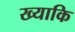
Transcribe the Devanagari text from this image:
ख्याकि